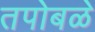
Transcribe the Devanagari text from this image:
तपोबळे